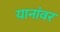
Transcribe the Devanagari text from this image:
यानांवर